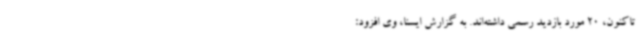
تاکنون، 20 مورد بازدید رسمی داشته‌اند. به گزارش ایسنا، وی افزود: